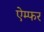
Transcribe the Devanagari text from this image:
ऐम्फर